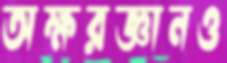
অক্ষরজ্ঞানও